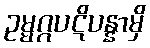
ဥမ္မဂ္ဂပဋိပန္နာမှိ